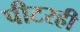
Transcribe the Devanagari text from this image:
पीटरही